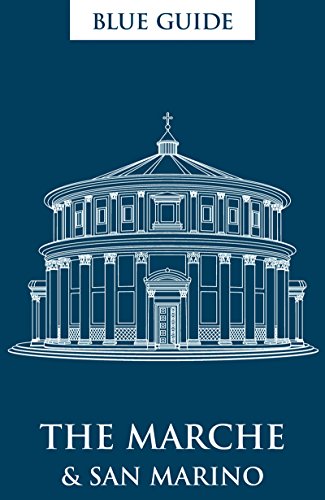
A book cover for Blue Guide The Marche & San Marino: 2nd edition (2nd Edition); Ellen Grady; Travel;